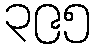
၃၉၅